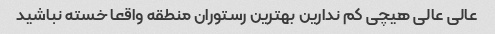
عالی عالی هیچی کم ندارین بهترین رستوران منطقه واقعا خسته نباشید